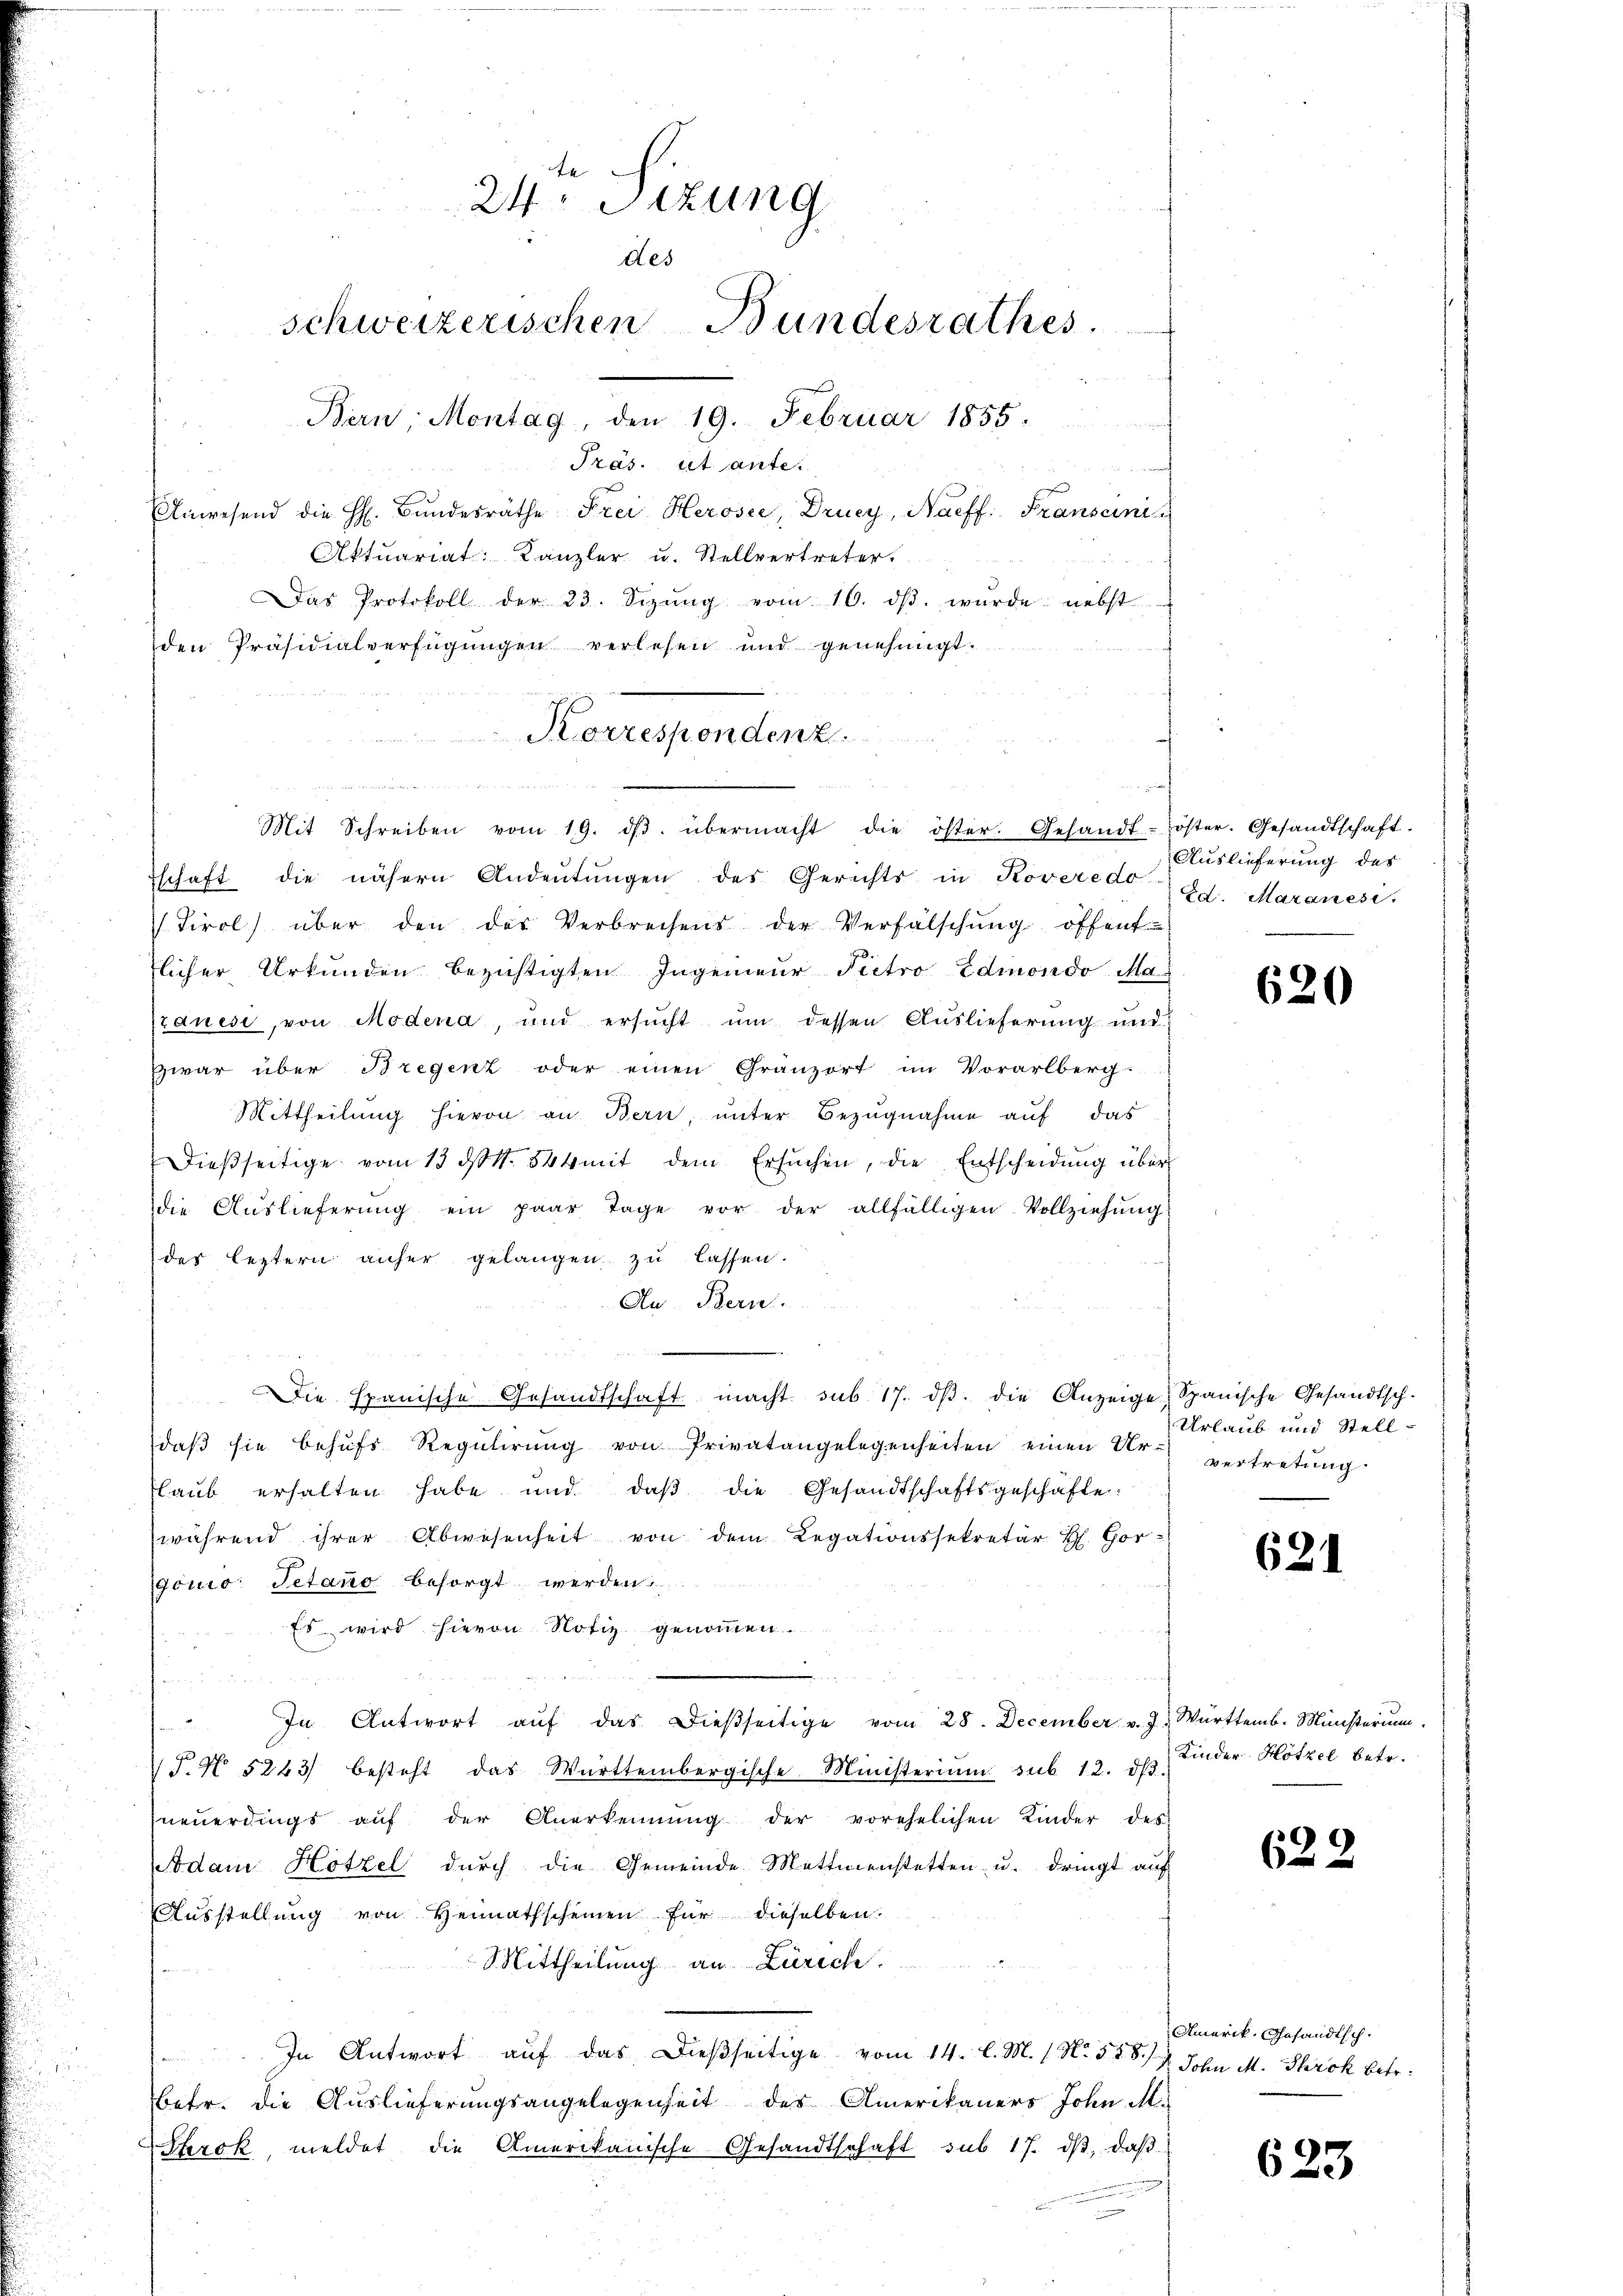
e
24ten Sizung
des
schweizerischen Bundesrathes
Bern, Montag, den 19. Februar 1855.
Präs. ut ante.
Anwesend die H. Bŭndesräthe Frei Herosee, Drucy, Naeff. Franscini
Aktuariat Kanzler u. Stellvertreter.
Das Protokoll der 23. Sizŭng vom 10. dβ. wurde nebst
den Präsidialverfügungen verlesen und genehmigt.

Korrespondenz.
Mit Schreiben vom 19. dβ übermacht die öster. Gesandt-Zöster. Gesandtschaft-

schaft die nähern Andeutungen des Gerichts in Roveredo
Tirol über den der Verbrechens der Verfälschŭng öffent
flicher Urkunden bezichtigten Ingenieur Pietro Edmondo Mag
tanesi, von Modena, und ersucht um dessen Auslieferung und
zwar über Bregenz oder einen Gränzort im Vorarlberg-
Mittheilung hievon an Bern, unter Bezugnahme auf das
Dieβseitige vom 13. ds. 844 mit dem Ersŭchen, die Entscheidŭng über
die Auslieferung ein paar Tage vor der allfälligen Vollziehung
der leztern anher gelangen zu lassen.
Au Bern
Die Spanische Gesandtschaft macht sub. 17. dβ. die Anzeige Spanische Gesandtschdaß sie behufs Regulirung von Privatangelegenheiten einen Ur-
laub erhalten habe und daβ die Gesandtschaftsgeschäfte:
während ihrer Abwesenheit von dem Regationssekretär H. Gor-
gonio Setano besorgt werden.
Es wird hievon Notiz genommen.
.
In Antwort aŭf das dießseitige vom 28. December v. J. Württemb. Ministerium
T.N 5243) besteht das Württembergische Ministerium sub 12. ds.
neŭerdings aŭf der Anerkennung der vorehelichen Kinder des
Adam Hotel durch die Gemeinde Mettmenstetten u. dringt auf
Ausstellung von Heimathscheinen für dieselben
Mittheilung an Zürich
In Antwort auf das dießseitige vom 14. l. M. / N. 558. 4. John M. Throk betr.
Betr. die Auslieferungsangelegenheit des Amerikaners John M.
Serck, meldet die Amerikanische Gesandtschaft sub 17. dβ, daß

.

Auslieferung des
Ed. Maranesi

620

Urlaub und Stell-
vertretung.

621

Kinder Hötzel betr.

622.

Amerik. Gesandtsch.

623